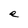
Character: e